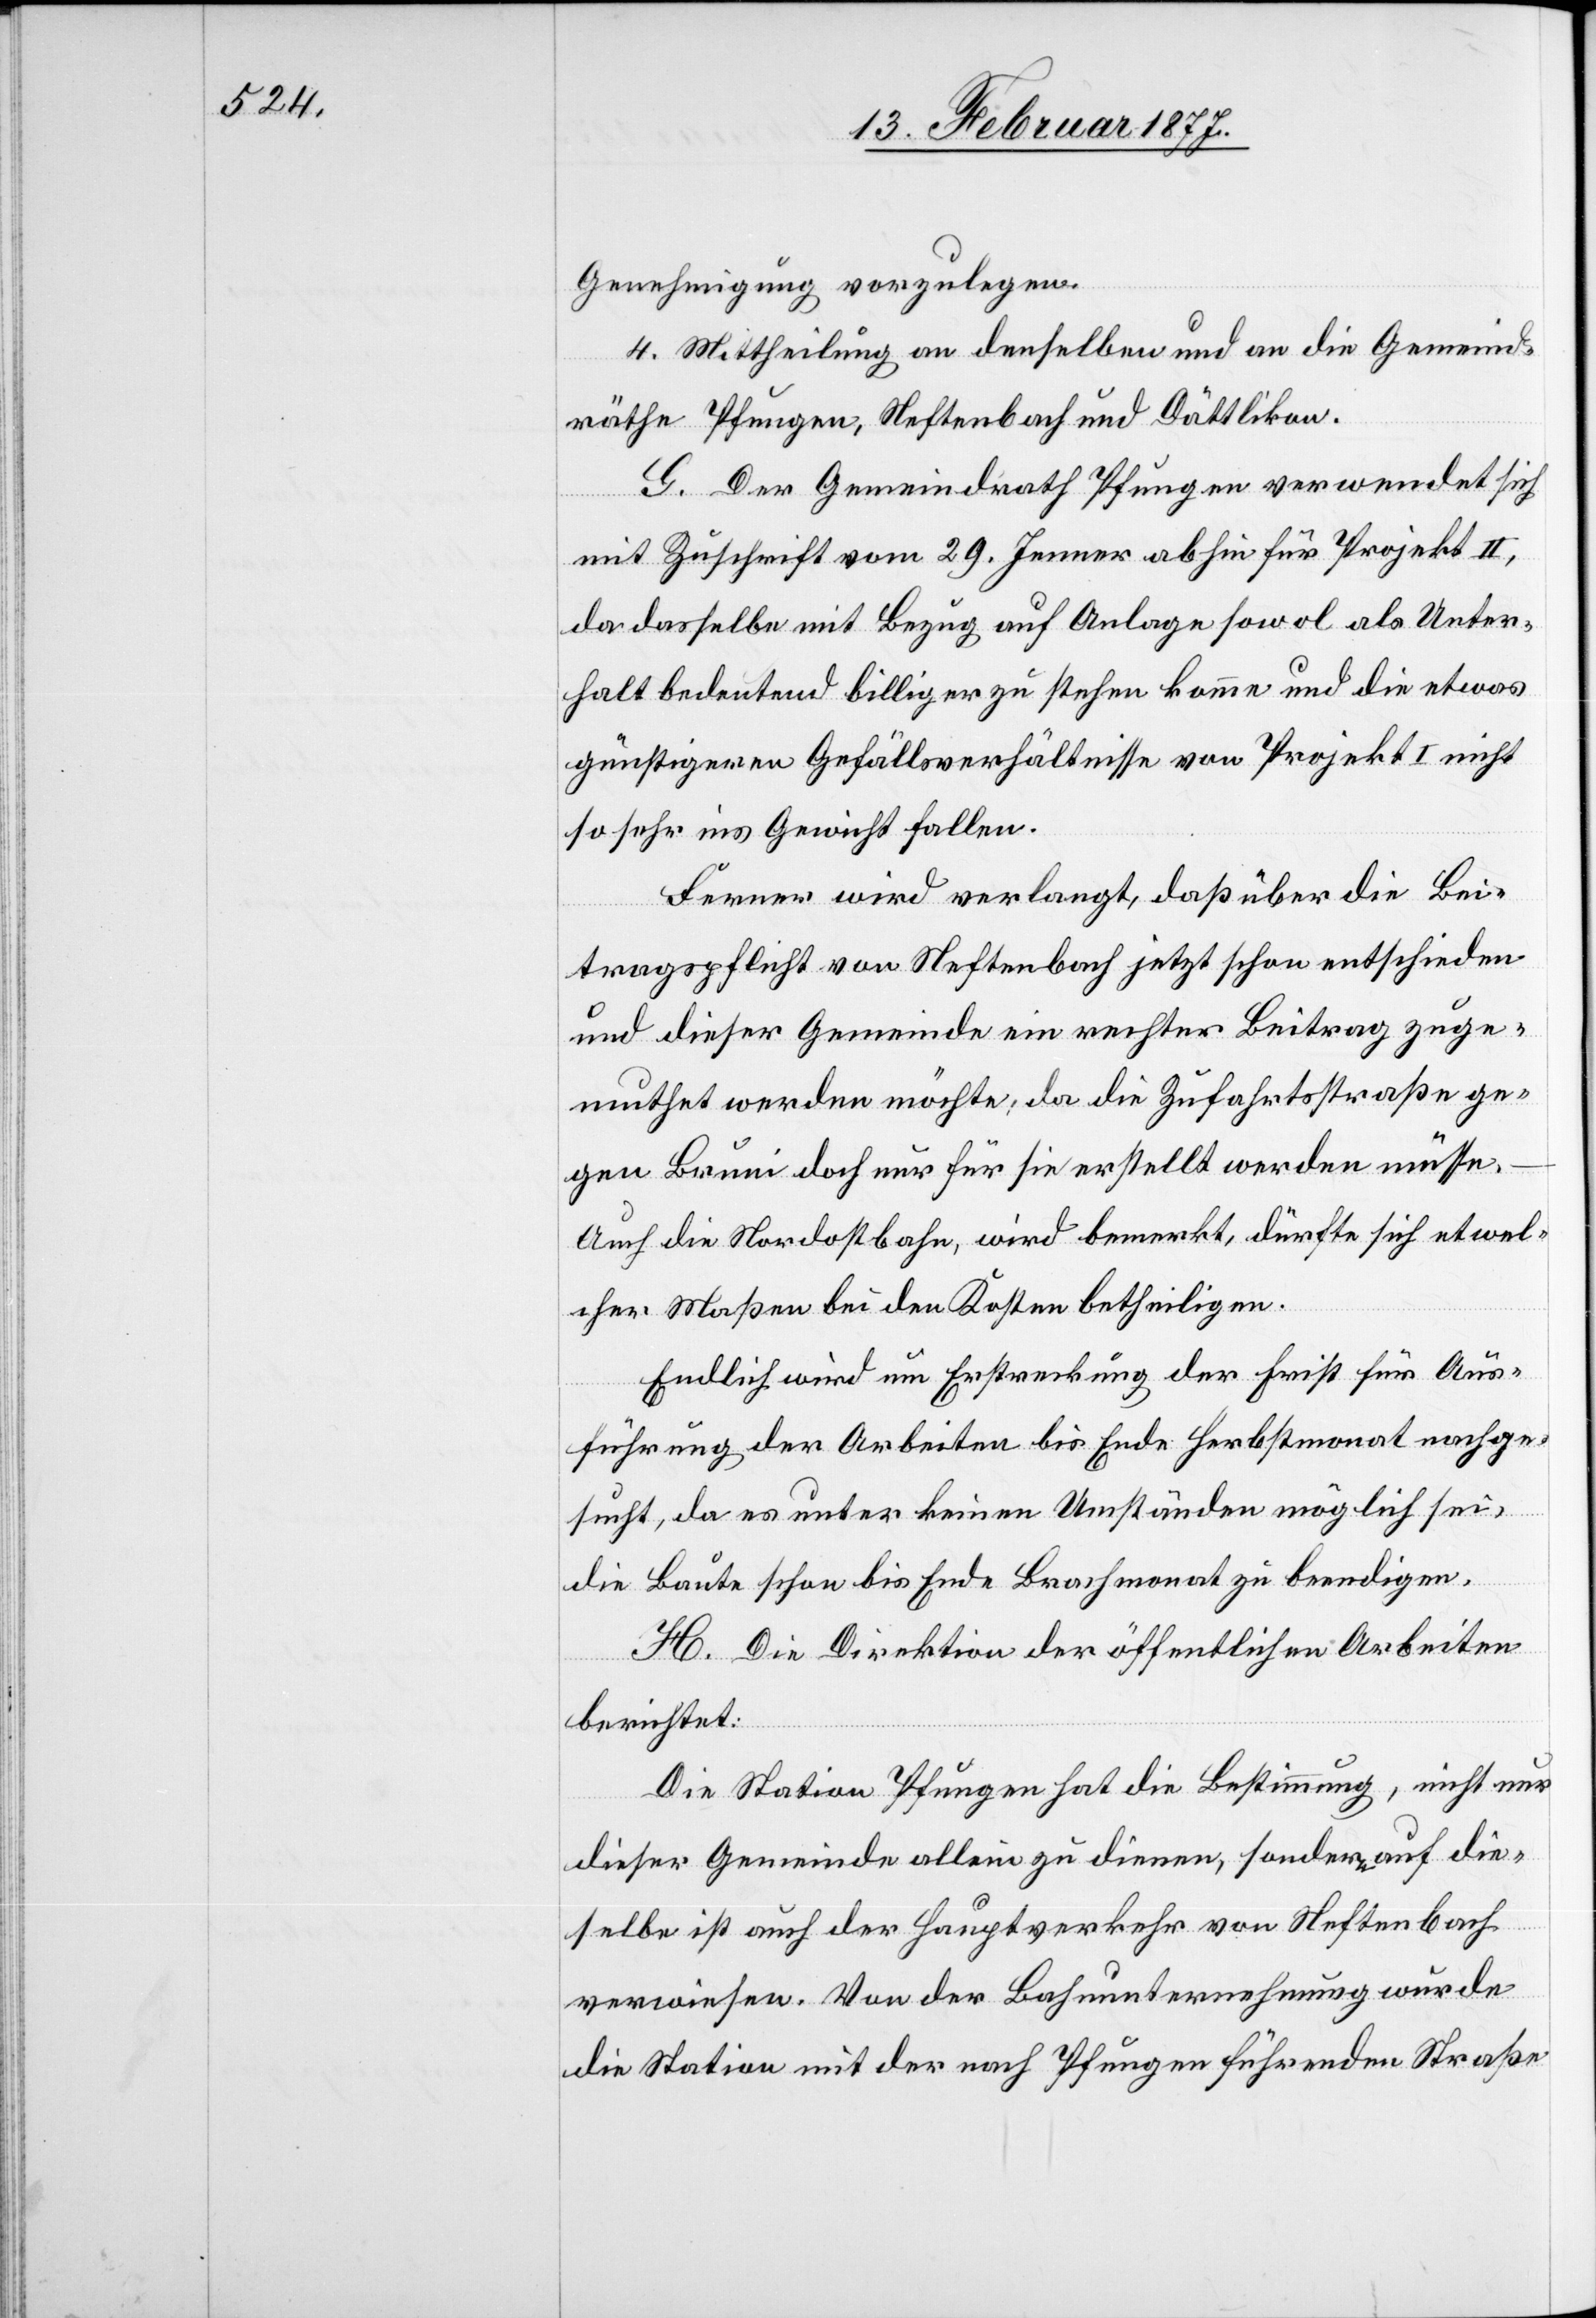
Genehmigung vorzulegen.
4. Mittheilung an denselben und an die Gemeind¬
räthe Pfungen, Neftenbach und Dättlikon.
G. Der Gemeindrath Pfungen verwendet sich
mit Zuschrift vom 29. Jenner abhin für Projekt II,
da dasselbe mit Bezug auf Anlage sowol als Unter¬
halt bedeutend billiger zu stehen komme und die etwas
günstigeren Gefällsverhältnisse von Projekt I nicht
so sehr ins Gewicht fallen.
Ferner wird verlangt, daß über die Bei¬
tragspflicht von Neftenbach jetzt schon entschieden
und dieser Gemeinde ein rechter Beitrag zuge¬
muthet werden möchte, da die Zufahrtsstraße ge¬
gen Bruni doch nur für sie erstellt werden müsse.
Auch die Nordostbahn, wird bemerkt, dürfte sich etwel¬
cher Maße bei den Kosten betheiligen.
Endlich wird um Erstreckung der Frist für Aus¬
führung der Arbeiten bis Ende Herbstmonat nachge¬
sucht, da es unter keinen Umständen möglich sei,
die Baute schon bis Ende Brachmonat zu beendigen.
H. Die Direktion der öffentlichen Arbeiten
berichtet:
Die Station Pfungen hat die Bestimmung, nicht nur
dieser Gemeinde allein zu dienen, sondern auf die¬
selbe ist auch der Hauptverkehr von Neftenbach
verwiesen. Von der Bahnunternehmung wurde
die Station mit der nach Pfungen führenden Straße